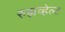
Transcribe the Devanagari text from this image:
रुझव्हेल्ट